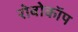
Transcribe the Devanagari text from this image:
रोबोकाॅप